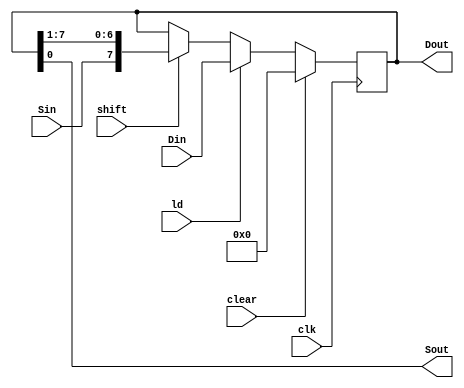
`timescale 1ns / 1ps
module right_shift_reg8 (
    input clk,
    input clear,
    input ld,
    input [7:0] Din,
    input shift,
    input Sin,
    output reg [7:0] Dout,
    output Sout
);
    assign Sout = Dout[0];

    always @(posedge clk) begin
        if (clear) Dout <= 0;
        else if (ld) Dout <= Din;
        else if (shift) Dout <= {  Sin, Dout[7:1] };
    end

endmodule